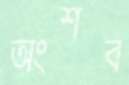
অংশব